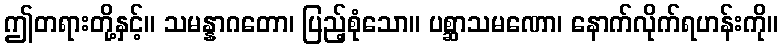
ဤတရားတို့နှင့်။ သမန္နာဂတော၊ ပြည့်စုံသော။ ပစ္ဆာသမဏော၊ နောက်လိုက်ရဟန်းကို။